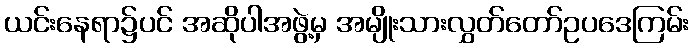
ယင်းနေရာ၌ပင် အဆိုပါအဖွဲ့မှ အမျိုးသားလွှတ်တော်ဥပဒေကြမ်း